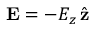
\mathbf { E } = - E _ { z } \, \hat { \mathbf { z } }